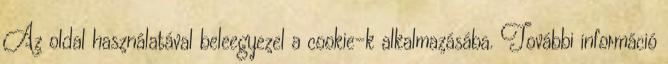
Az oldal használatával beleegyezel a cookie-k alkalmazásába. További információ